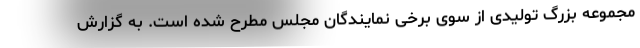
مجموعه بزرگ تولیدی از سوی برخی نمایندگان مجلس مطرح شده است. به گزارش